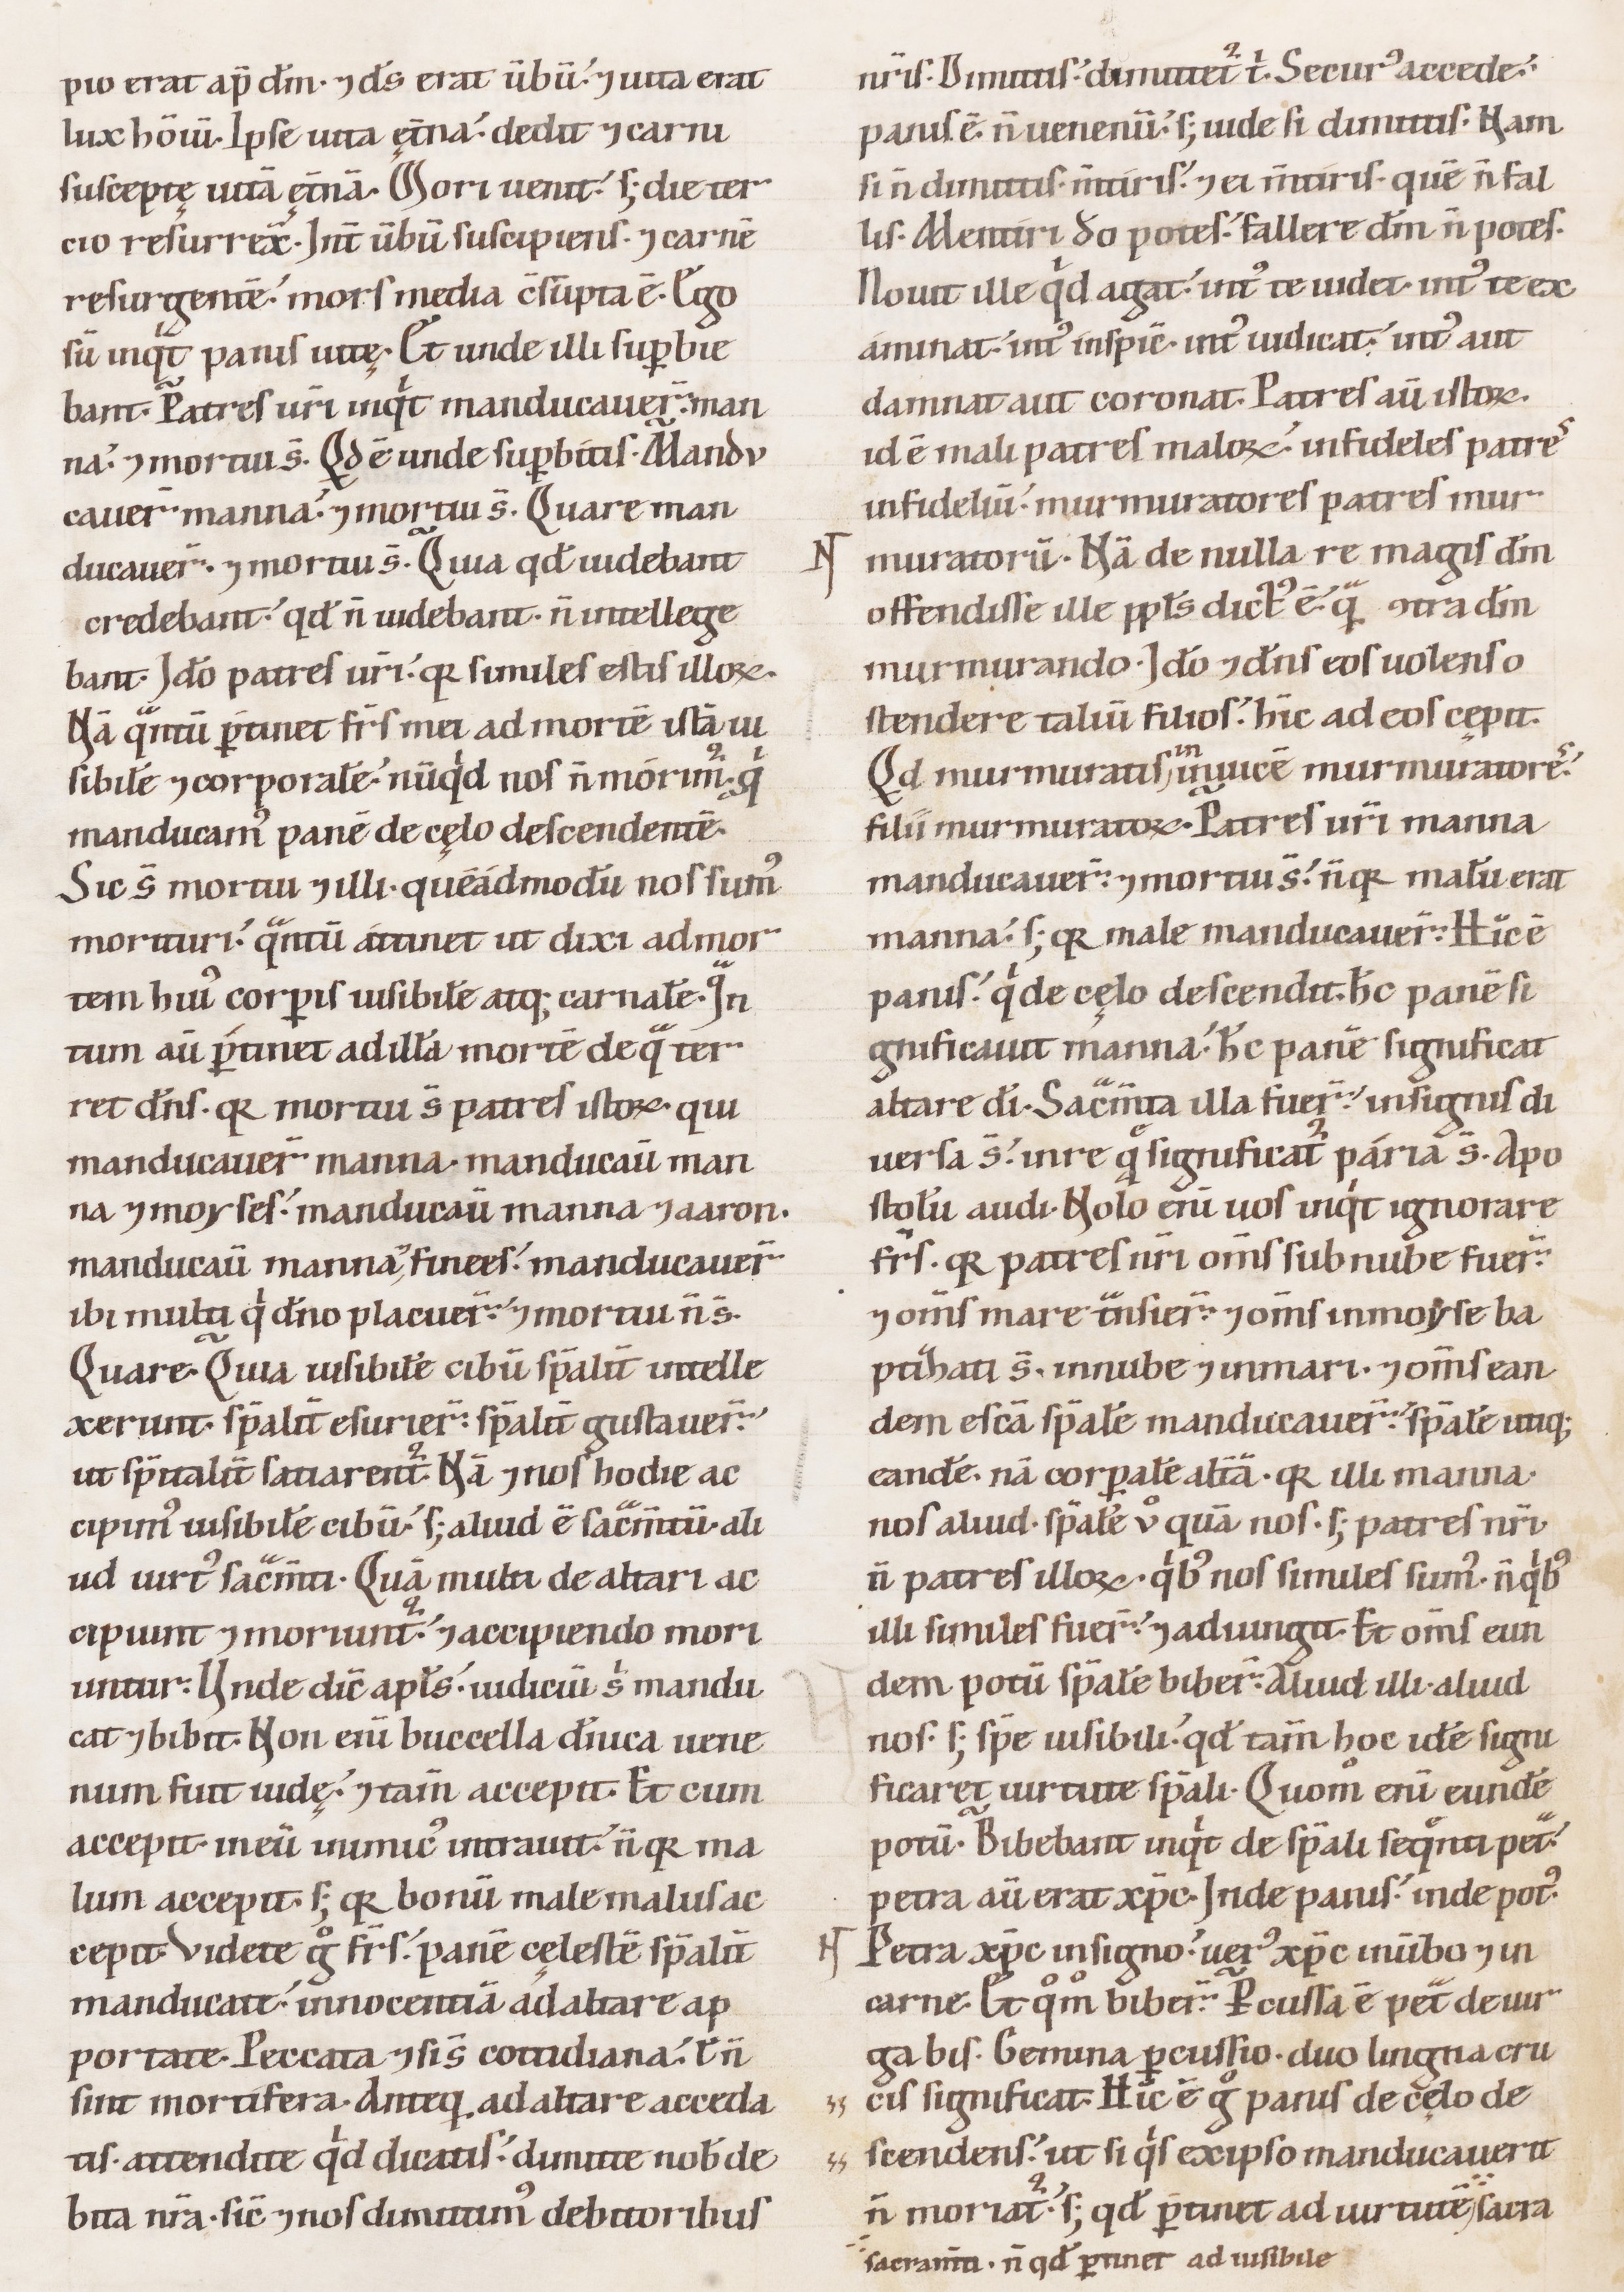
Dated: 1100–1199